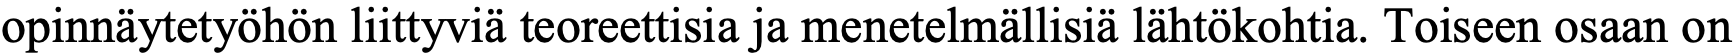
opinnäytetyöhön liittyviä teoreettisia ja menetelmällisiä lähtökohtia. Toiseen osaan on